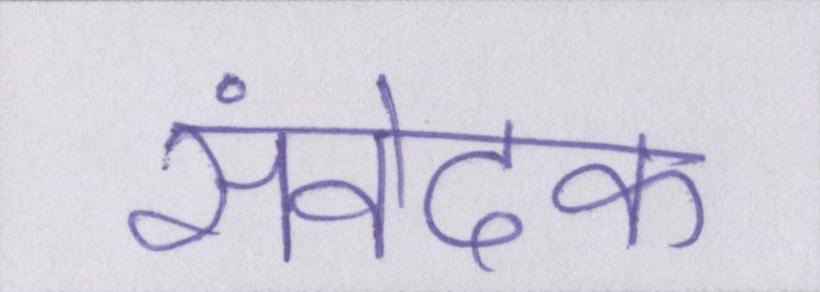
संवेदक